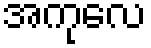
အကုလေ